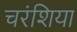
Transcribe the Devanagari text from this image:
चरंशिया